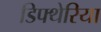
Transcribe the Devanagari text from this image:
डिफ्थेरिया